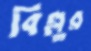
বিল্লুর